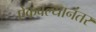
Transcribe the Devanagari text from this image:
ऐकवल्यानंतर